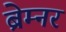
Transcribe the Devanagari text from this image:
ब्रेम्नर